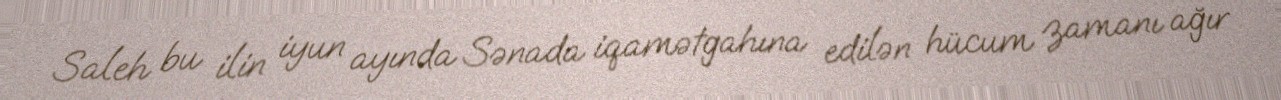
Saleh bu ilin iyun ayında Sənada iqamətgahına edilən hücum zamanı ağır